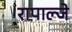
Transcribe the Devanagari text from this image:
रापाल्जे